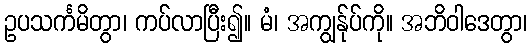
ဥပသင်္ကမိတွာ၊ ကပ်လာပြီး၍။ မံ၊ အကျွန်ုပ်ကို။ အဘိဝါဒေတွာ၊